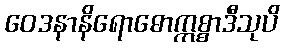
ဝေဒနာနိရောဓောဣစ္စာဒီသုပိ